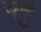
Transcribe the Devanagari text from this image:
चढु